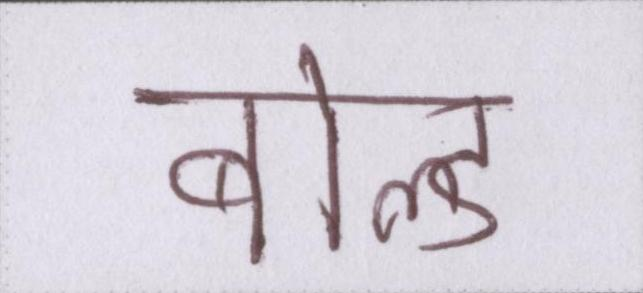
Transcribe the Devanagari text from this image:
बोल्ड